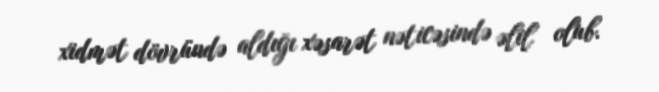
xidmət dövründə aldığı xəsarət nəticəsində əlil olub.